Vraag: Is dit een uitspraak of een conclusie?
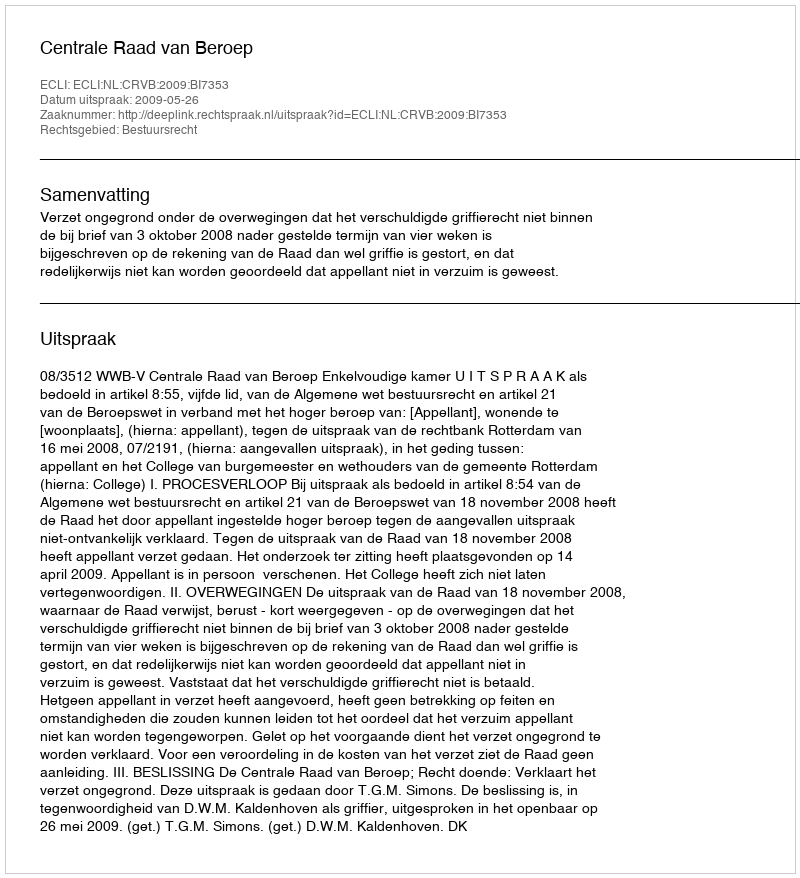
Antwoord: Uitspraak